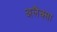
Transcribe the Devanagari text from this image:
अलैक्सा